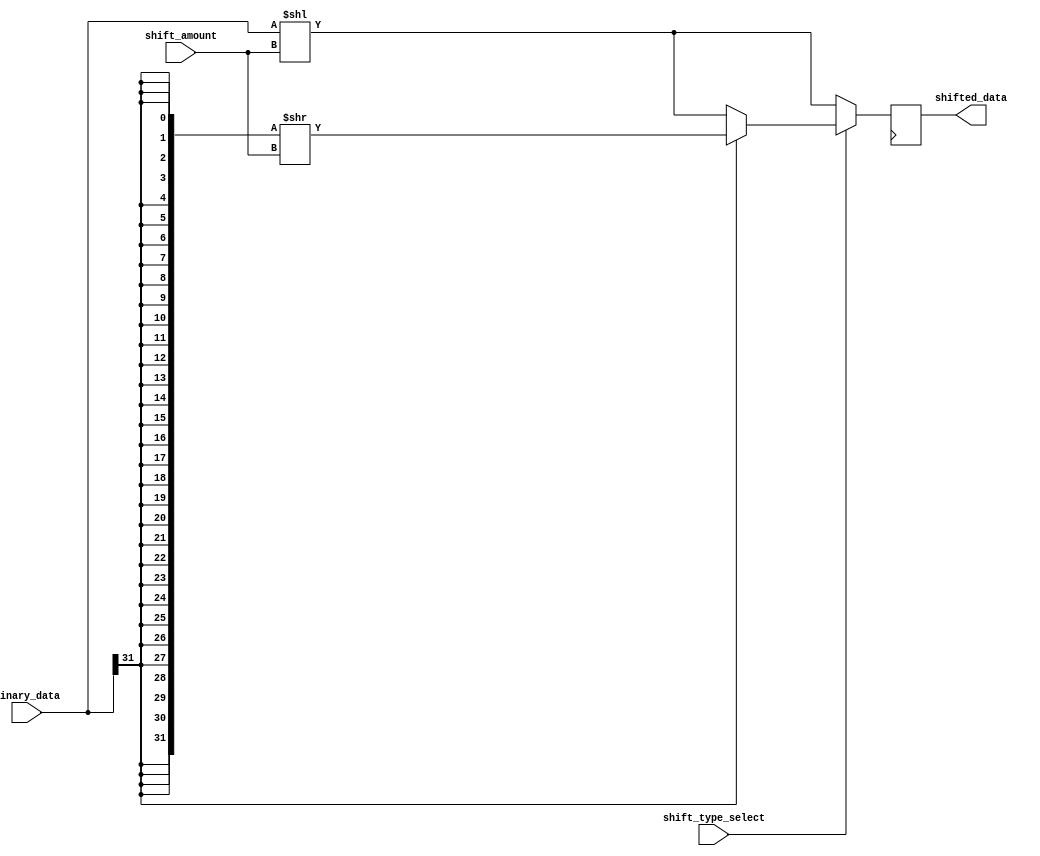
module barrel_shifter (
    input [31:0] binary_data,
    input [4:0] shift_amount,
    input shift_type_select,
    output reg [31:0] shifted_data
);

reg [31:0] shifted_data_temp;

always @(*) begin
    if (shift_type_select) begin // Arithmetic shift
        if (binary_data[31] == 1) begin // If MSB is 1, perform arithmetic right shift
            shifted_data_temp = {32{binary_data[31]}} >> shift_amount;
        end else begin // If MSB is 0, perform arithmetic left shift
            shifted_data_temp = binary_data << shift_amount;
        end
    end else begin // Logical shift
        shifted_data_temp = binary_data << shift_amount;
    end
end

always @(posedge clk) begin
    shifted_data <= shifted_data_temp;
end

endmodule